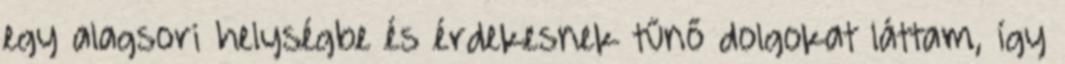
egy alagsori helységbe és érdekesnek tűnő dolgokat láttam, így